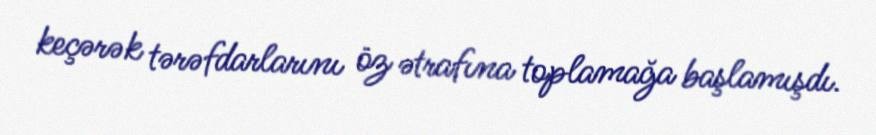
keçərək tərəfdarlarını öz ətrafına toplamağa başlamışdı.